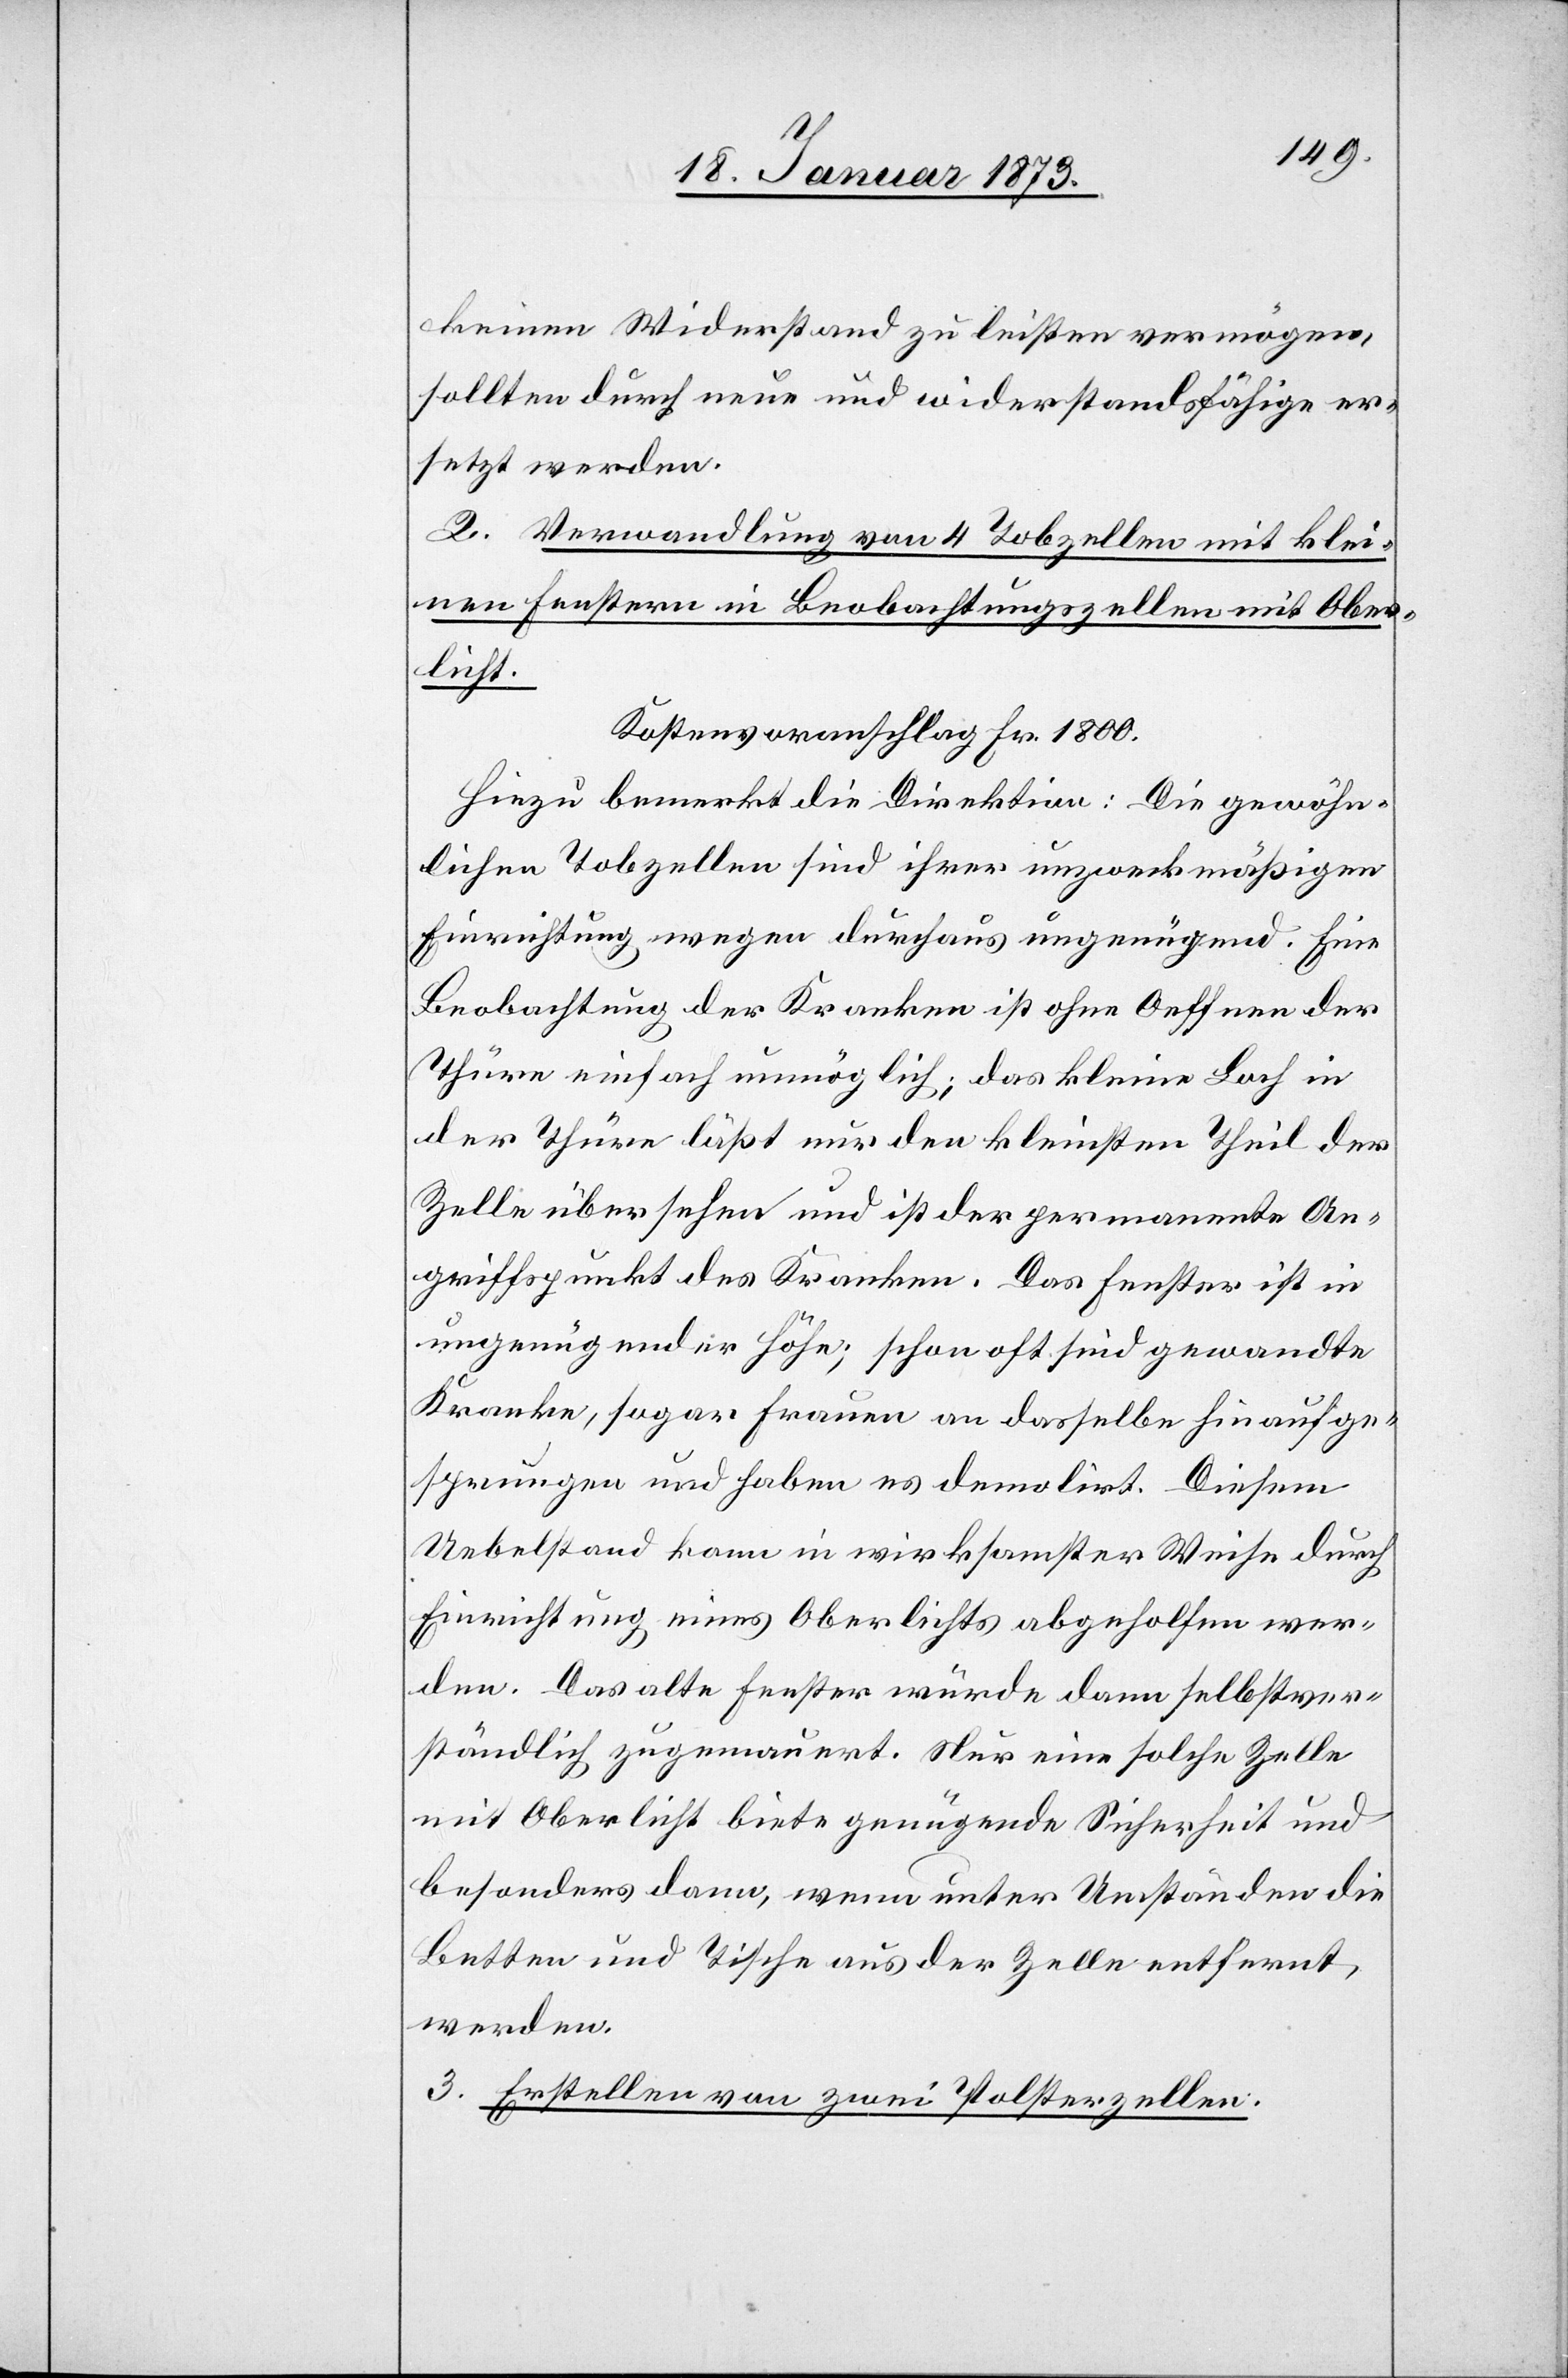
keinen Widerstand zu leisten vermögen,
sollten durch neue und widerstandsfähige er¬
setzt werden.
2. Verwandlung von 4 Tobzellen mit klei¬
nen Fenstern in Beobachtungszellen mit Ober¬
licht.
Kostenvoranschlag Fr. 1800.
Hinzu bemerkt die Direktion: Die gewöhn¬
lichen Tobzellen sind ihrer unzweckmäßigen
Einrichtung wegen durchaus ungenügend. Eine
Beobachtung der Kranken ist ohne Oeffnen der
Thüre einfach unmöglich; das kleine Loch in
der Thüre läßt nur den kleinsten Theil der
Zelle übersehen und ist der permanente An¬
griffspunkt des Kranken. Das Fenster ist in
ungenügender Höhe; schon oft sind gewandte
Kranke, sogar Frauen an dasselbe hinaufge¬
sprungen und haben es demolirt. Diesem
Uebelstand kann in wirksamster Weise durch
Einrichtung eines Oberlichts abgeholfen wer¬
den. Das alte Fenster würde dann selbstver¬
ständlich zugemauert. Nur eine solche Zelle
mit Oberlicht biete genügende Sicherheit und
besonders dann, wenn unter Umständen die
Betten und Tische aus der Zelle entfernt
werden.
3. Erstellen von zwei Polsterzellen.